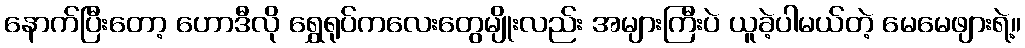
နောက်ပြီးတော့ ဟောဒီလို ရွှေရုပ်ကလေးတွေမျိုးလည်း အများကြီးပဲ ယူခဲ့ပါမယ်တဲ့ မေမေဖျားရဲ့။